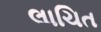
લાચિત